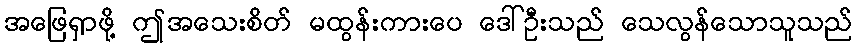
အဖြေရှာဖို့ ဤအသေးစိတ် မထွန်းကားပေ ဒေါ်ဦးသည် သေလွန်သောသူသည်